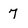
Character: 7